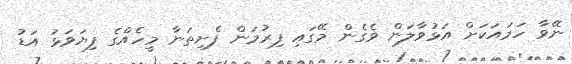
ނޭވާ ހަމައަކަށް އަޅުވާލަން ވެގެން މޭގައި ފިރުމަން ފެށިތަނާ މީހެއްގެ ފިޔަވަޅު އަޑު